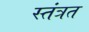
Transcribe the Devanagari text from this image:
स्‍तंत्रत